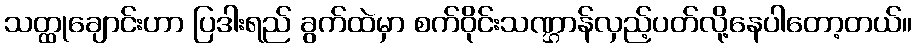
သတ္ထုချောင်းဟာ ပြဒါးရည် ခွက်ထဲမှာ စက်ဝိုင်းသဏ္ဌာန်လှည့်ပတ်လို့နေပါတော့တယ်။